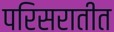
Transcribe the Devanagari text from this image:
परिसरातीत